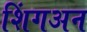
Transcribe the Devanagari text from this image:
शिंगअन